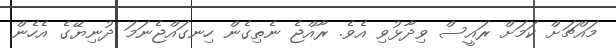
މައްޗަށް ކަމަށް ރައީސް ވިދާޅުވި އެވެ. ރާއްޖެ ނެތިގެން ހިނގައްޖެނަމަ ދުނިޔޭގެ އެހެން